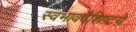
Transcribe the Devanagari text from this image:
स्वभाववैशिष्टय़े